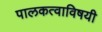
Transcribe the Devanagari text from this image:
पालकत्वाविषयी